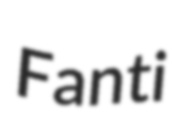
Fanti